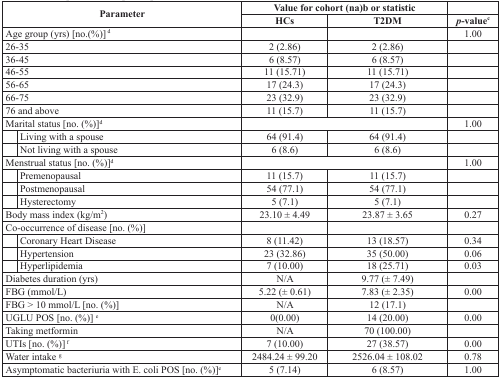
<table><thead><tr><td colspan="2" rowspan="2"><b>Parameter</b></td><td colspan="2"><b>Value for cohort (na)b or statistic</b></td><td>[EMPTY_CELL]</td></tr><tr><td><b>HCs</b></td><td><b>T2DM</b></td><td><b><i>p</i>-value<sup>c</sup></b></td></tr></thead><tbody><tr><td colspan="2">Age group (yrs) [no.(%)] <sup>d</sup></td><td>[EMPTY_CELL]</td><td>[EMPTY_CELL]</td><td>1.00</td></tr><tr><td colspan="2">26-35</td><td>2 (2.86)</td><td>2 (2.86)</td><td>[EMPTY_CELL]</td></tr><tr><td colspan="2">36-45</td><td>6 (8.57)</td><td>6 (8.57)</td><td>[EMPTY_CELL]</td></tr><tr><td colspan="2">46-55</td><td>11 (15.71)</td><td>11 (15.71)</td><td>[EMPTY_CELL]</td></tr><tr><td colspan="2">56-65</td><td>17 (24.3)</td><td>17 (24.3)</td><td>[EMPTY_CELL]</td></tr><tr><td colspan="2">66-75</td><td>23 (32.9)</td><td>23 (32.9)</td><td>[EMPTY_CELL]</td></tr><tr><td colspan="2">76 and above</td><td>11 (15.7)</td><td>11 (15.7)</td><td>[EMPTY_CELL]</td></tr><tr><td colspan="2">Marital status [no. (%)]<sup>d</sup></td><td colspan="2">[EMPTY_CELL]</td><td>1.00</td></tr><tr><td>[EMPTY_CELL]</td><td>Living with a spouse</td><td>64 (91.4)</td><td>64 (91.4)</td><td>[EMPTY_CELL]</td></tr><tr><td>[EMPTY_CELL]</td><td>Not living with a spouse</td><td>6 (8.6)</td><td>6 (8.6)</td><td>[EMPTY_CELL]</td></tr><tr><td colspan="2">Menstrual status [no. (%)]<sup>d</sup></td><td colspan="2">[EMPTY_CELL]</td><td>1.00</td></tr><tr><td>[EMPTY_CELL]</td><td>Premenopausal</td><td>11 (15.7)</td><td>11 (15.7)</td><td>[EMPTY_CELL]</td></tr><tr><td>[EMPTY_CELL]</td><td>Postmenopausal</td><td>54 (77.1)</td><td>54 (77.1)</td><td>[EMPTY_CELL]</td></tr><tr><td>[EMPTY_CELL]</td><td>Hysterectomy</td><td>5 (7.1)</td><td>5 (7.1)</td><td>[EMPTY_CELL]</td></tr><tr><td colspan="2">Body mass index (kg/m<sup>2</sup>)</td><td>23.10 ± 4.49</td><td>23.87 ± 3.65</td><td>0.27</td></tr><tr><td colspan="2">Co-occurrence of disease [no. (%)]</td><td>[EMPTY_CELL]</td><td>[EMPTY_CELL]</td><td>[EMPTY_CELL]</td></tr><tr><td>[EMPTY_CELL]</td><td>Coronary Heart Disease</td><td>8 (11.42)</td><td>13 (18.57)</td><td>0.34</td></tr><tr><td>[EMPTY_CELL]</td><td>Hypertension</td><td>23 (32.86)</td><td>35 (50.00)</td><td>0.06</td></tr><tr><td>[EMPTY_CELL]</td><td>Hyperlipidemia</td><td>7 (10.00)</td><td>18 (25.71)</td><td>0.03</td></tr><tr><td colspan="2">Diabetes duration (yrs)</td><td>N/A</td><td>9.77 (± 7.49)</td><td>[EMPTY_CELL]</td></tr><tr><td colspan="2">FBG (mmol/L)</td><td>5.22 (± 0.61)</td><td>7.83 (± 2.35)</td><td>0.00</td></tr><tr><td colspan="2">FBG &gt; 10 mmol/L [no. (%)]</td><td>N/A</td><td>12 (17.1)</td><td>[EMPTY_CELL]</td></tr><tr><td colspan="2">UGLU POS [no. (%)] <sup>e</sup></td><td>0(0.00)</td><td>14 (20.00)</td><td>0.00</td></tr><tr><td colspan="2">Taking metformin</td><td>N/A</td><td>70 (100.00)</td><td>[EMPTY_CELL]</td></tr><tr><td colspan="2">UTIs [no. (%)] <sup>f</sup></td><td>7 (10.00)</td><td>27 (38.57)</td><td>0.00</td></tr><tr><td colspan="2">Water intake <sup>g</sup></td><td>2484.24 ± 99.20</td><td>2526.04 ± 108.02</td><td>0.78</td></tr><tr><td colspan="2">Asymptomatic bacteriuria with E. coli POS [no. (%)]<sup>e</sup></td><td>5 (7.14)</td><td>6 (8.57)</td><td>1.00</td></tr></tbody></table>